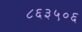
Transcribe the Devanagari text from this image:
८६३५०६